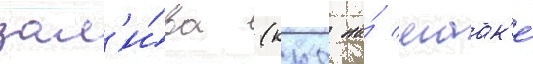
зал'и́ва (ккс на́ маак'е́